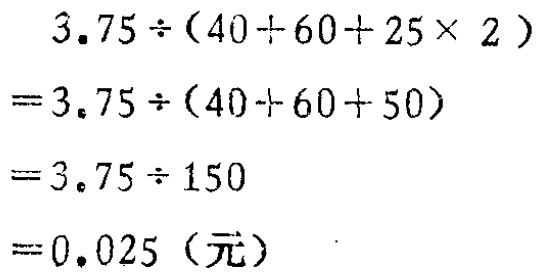
\[
\begin{align*}
&3.75\div(40 + 60 + 25\times2)\\
=&3.75\div(40 + 60 + 50)\\
=&3.75\div150\\
=&0.025（元）
\end{align*}
\]